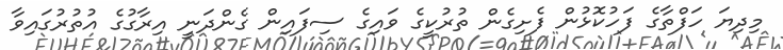
މިދިޔަ ހަފްތާގެ ފަހުކޮޅުން ފެށިގެން ތުރުކީގެ ވައިގެ ސިފައިން ގެންދަނީ އިރާގުގެ އުތުރުގައިވާ